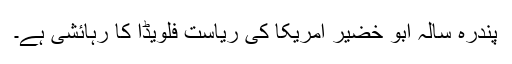
پندرہ سالہ ابو خضیر امریکا کی ریاست فلویڈا کا رہائشی ہے۔